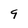
Character: 9